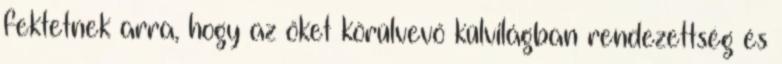
fektetnek arra, hogy az őket körülvevő külvilágban rendezettség és